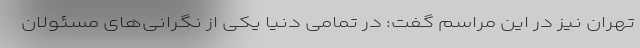
تهران نیز در این مراسم گفت: در تمامی دنیا یکی از نگرانی‌های مسئولان